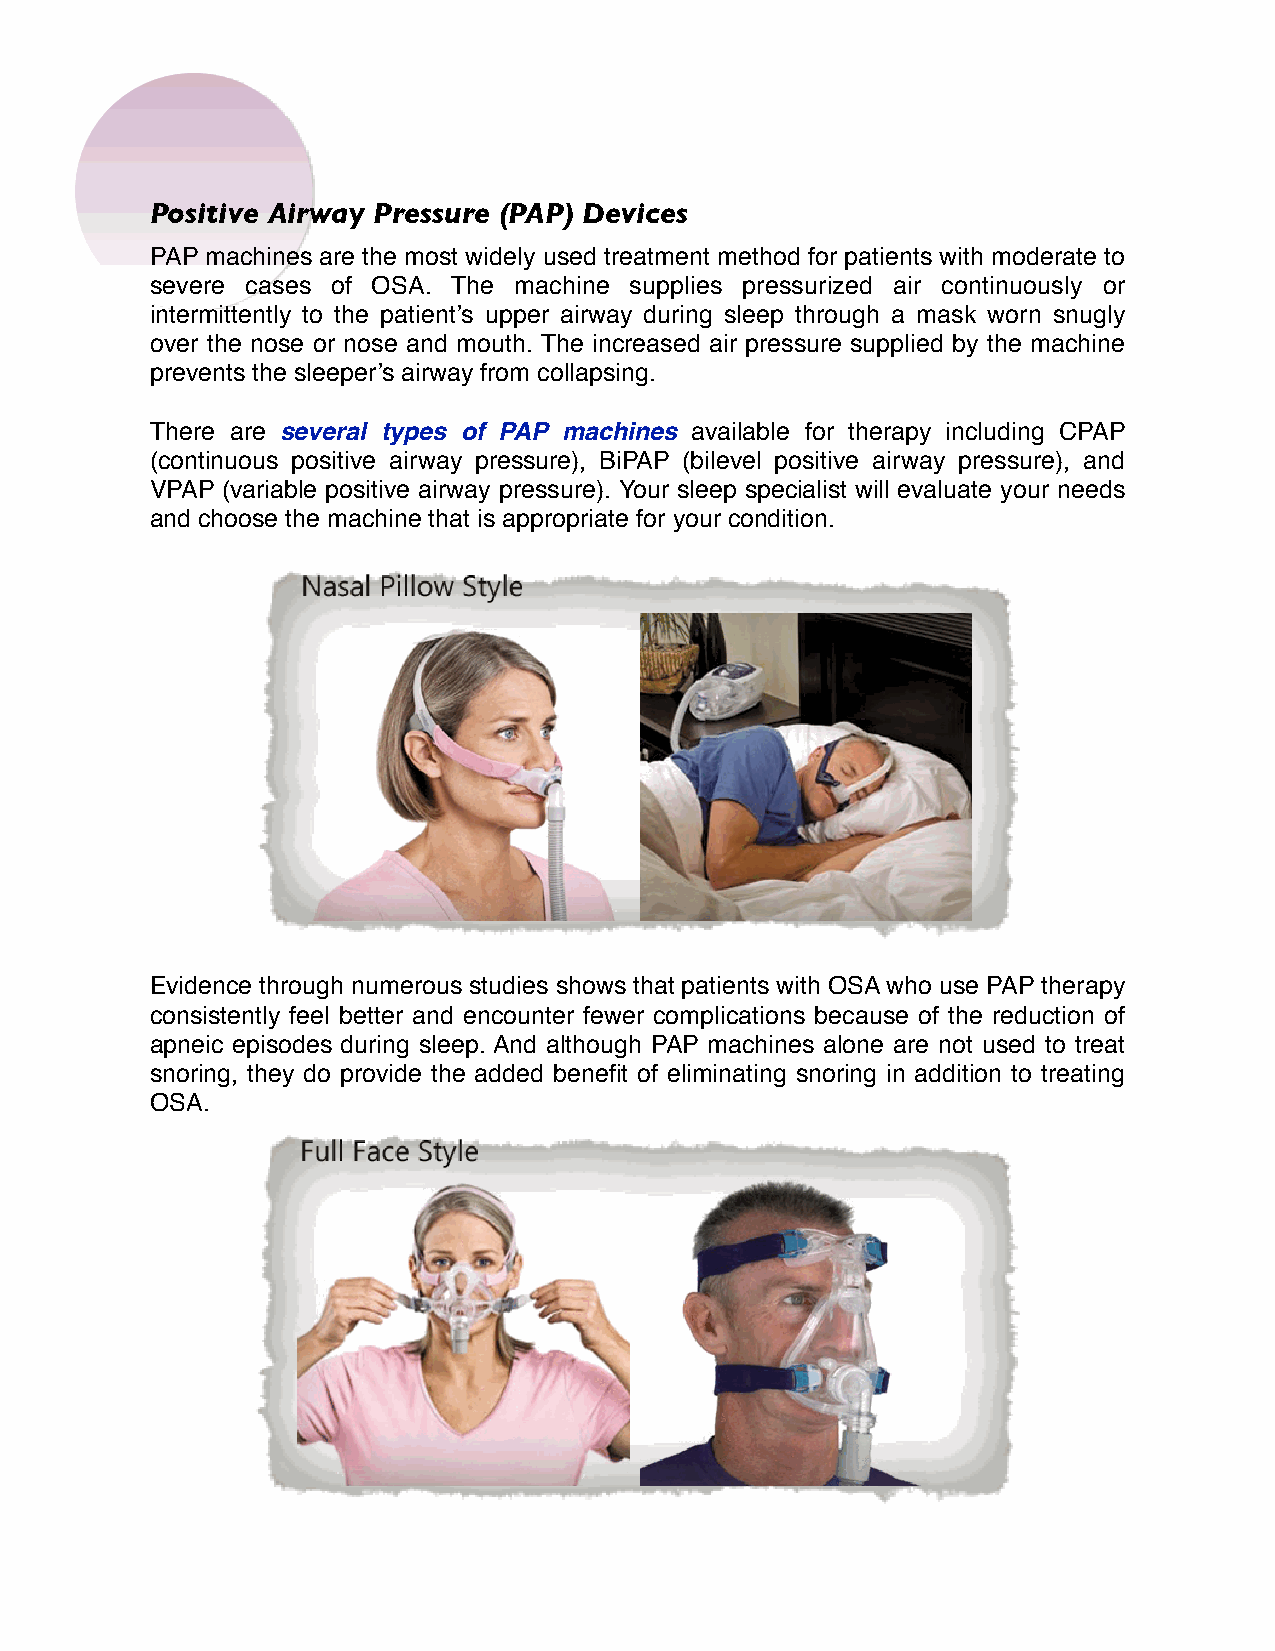
Positive Airway Pressure (PAP) Devices
 PAP machines are the most widely used treatment method for patients with moderate to
 severe cases of OSA. The machine supplies pressurized air continuously or
 intermittently to the patient’s upper airway during sleep through a mask worn snugly
 over the nose or nose and mouth. The increased air pressure supplied by the machine
 prevents the sleeper’s airway from collapsing.
 There are several types of PAP machines available for therapy including CPAP
 (continuous positive airway pressure), BiPAP (bilevel positive airway pressure), and
 VPAP (variable positive airway pressure). Your sleep specialist will evaluate your needs
 and choose the machine that is appropriate for your condition.
 Evidence through numerous studies shows that patients with OSA who use PAP therapy
 consistently feel better and encounter fewer complications because of the reduction of
 apneic episodes during sleep. And although PAP machines alone are not used to treat
 snoring, they do provide the added benefit of eliminating snoring in addition to treating
 OSA.